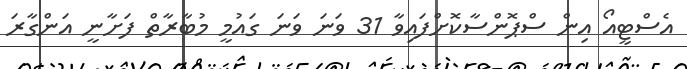
އެސްޓީއޯ އިން ސްޕޮންސާކޮށްފައިވާ 31 ވަނަ ވަނަ ގައުމީ މުބާރާތް ފަށާނީ އަންގާރަ